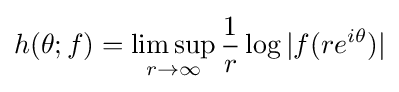
h(\theta ;f)={\underset {r\to \infty }{\limsup }}\,{\frac {1}{r}}\log |f(re^{i\theta })|